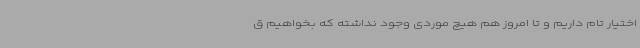
اختیار تام داریم و تا امروز هم هیچ موردی وجود نداشته که بخواهیم ق